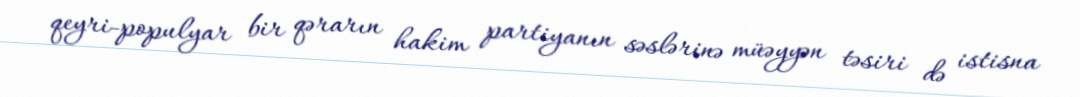
qeyri-populyar bir qərarın hakim partiyanın səslərinə müəyyən təsiri də istisna